Indian journal of veterinary science and animal husbandry - Volume 3,
Year: 1933
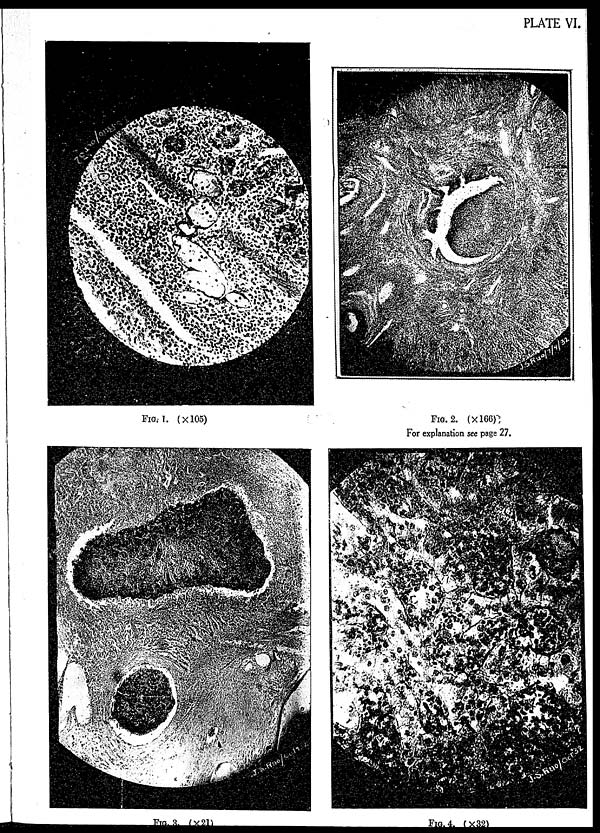
PLATE VI.
FIG. 1. (×105)
FIG. 2. (×166)
For explanation see page 27.
FIG. 3. (×21)
FIG. 4. (×32)